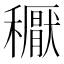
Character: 𥣘